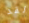
لقد